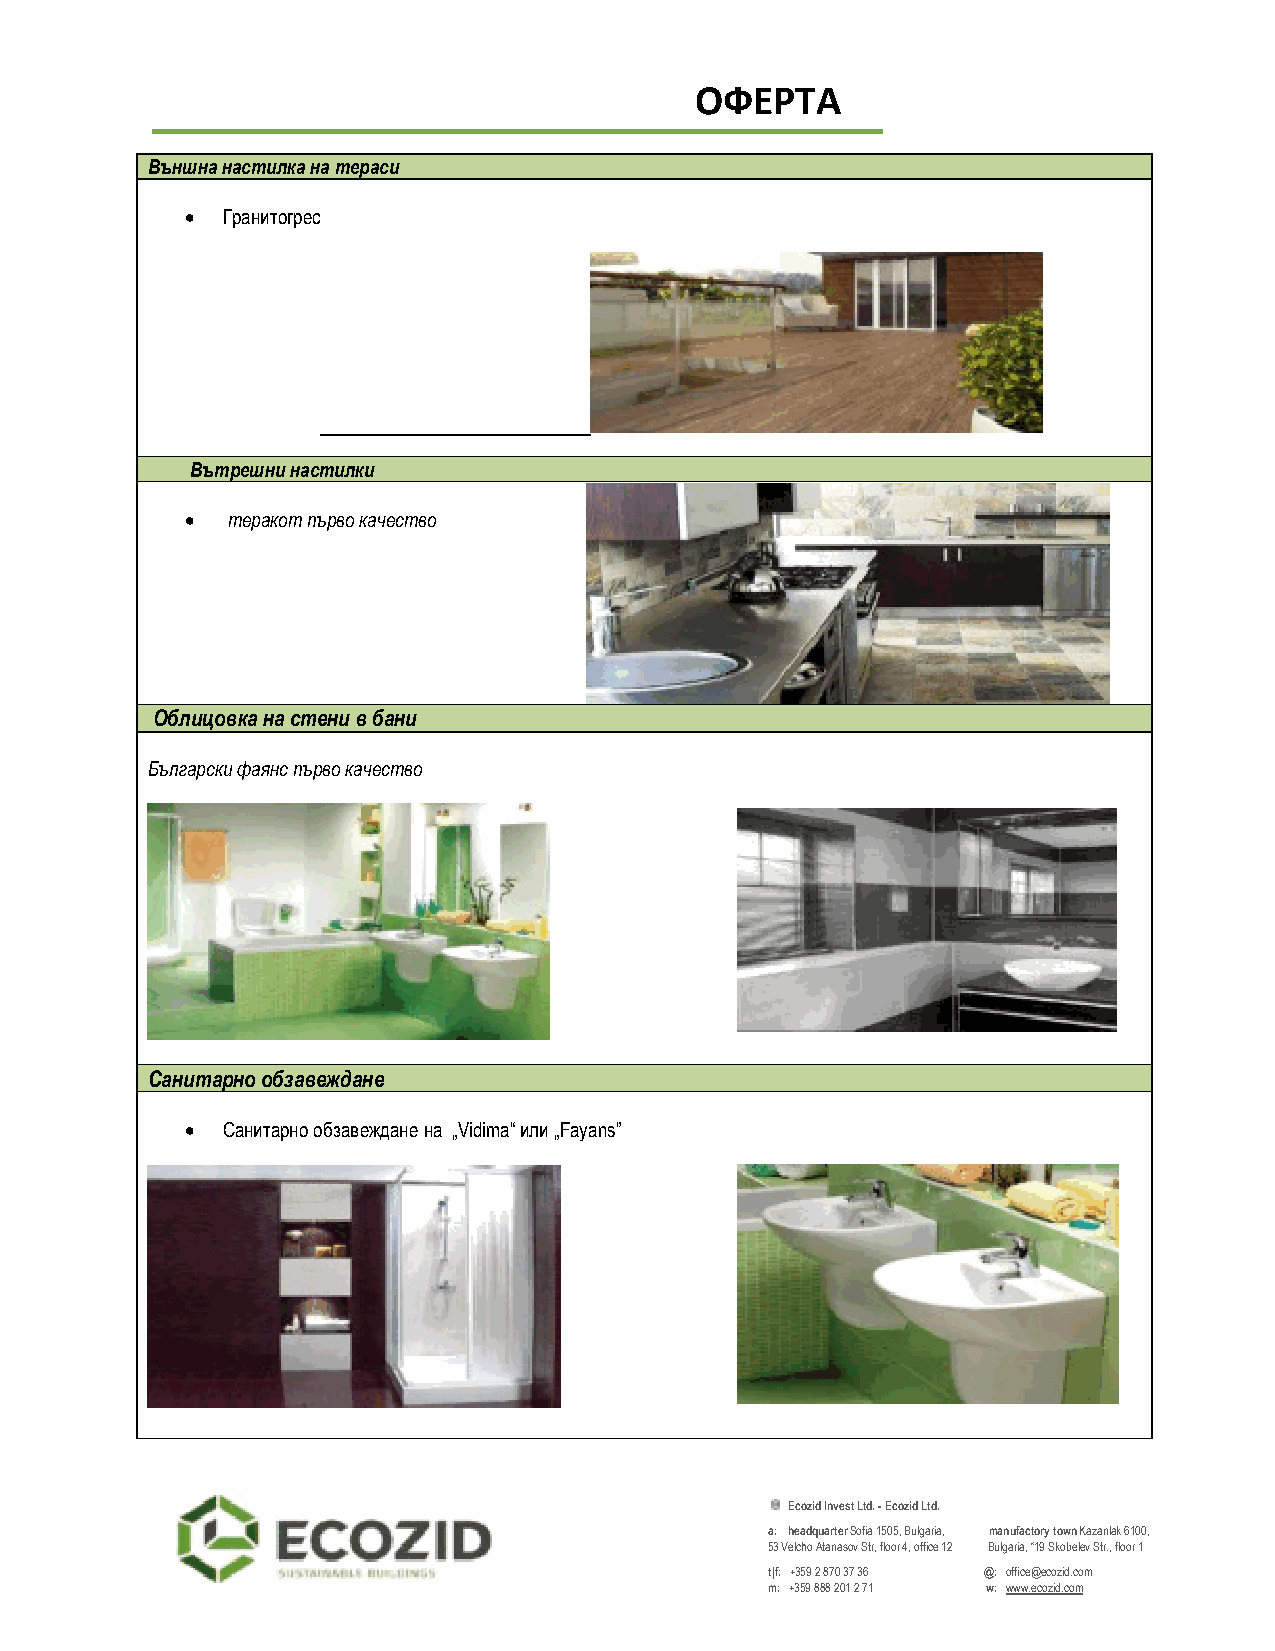
ОФЕРТА
 Външна настилка на тераси
 •  Гранитогрес
 Вътрешни настилки
 •  теракот първо качество
 Облицовка на стени в бани
 Български фаянс първо качество
 Санитарно обзавеждане
 •  Санитарно обзавеждане на „Vidima“ или „Fayans”
 Ecozid Invest Ltd. - Ecozid Ltd.
 a: headquarter Sofia 1505, Bulgaria, manufactory town Kazanlak 6100,
 53 Velcho Atanasov Str, floor 4, office 12 Bulgaria, “19 Skobelev Str., floor 1
 t|f: +359 2 870 37 36 @: office@ecozid.com
 m: +359 888 201 2 71 w: www.ecozid.com